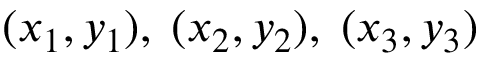
( x _ { 1 } , y _ { 1 } ) , \; ( x _ { 2 } , y _ { 2 } ) , \; ( x _ { 3 } , y _ { 3 } )